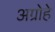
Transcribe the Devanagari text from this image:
अग्रोहे